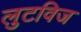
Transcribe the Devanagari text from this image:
लुटविज